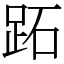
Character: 跖